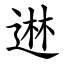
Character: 䢞